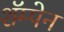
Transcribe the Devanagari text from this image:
शॅम्पेन